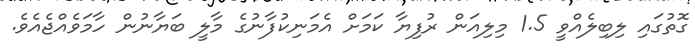
ގޮތުގައި ލިބިލެއްވީ 1.5 މިލިއަން ރުފިޔާ ކަމަށް އެމަނިކުފާނުގެ މާލީ ބަޔާނުން ހާމަވެއްޖެއެވެ.